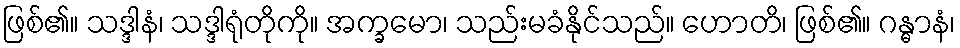
ဖြစ်၏။ သဒ္ဒါနံ၊ သဒ္ဒါရုံတိုကို။ အက္ခမော၊ သည်းမခံနိုင်သည်။ ဟောတိ၊ ဖြစ်၏။ ဂန္ဓာနံ၊